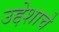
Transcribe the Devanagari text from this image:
उद्देशाचे